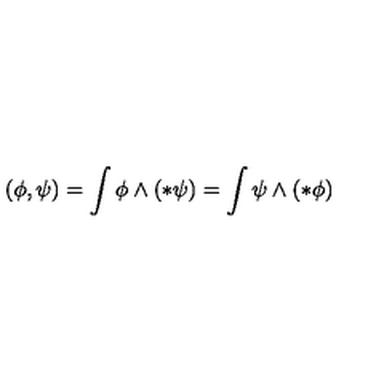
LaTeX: ( \phi , \psi ) = \int \phi \wedge ( * \psi ) = \int \psi \wedge ( * \phi )